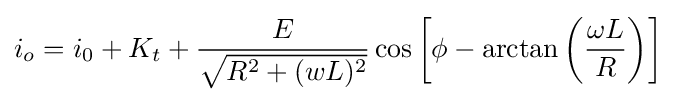
i_{o}=i_{0}+K_{t}+{\frac {E}{\sqrt {{R^{2}}+{(wL)^{2}}}}}\cos \left[\phi -\arctan \left({\frac {\omega L}{R}}\right)\right]